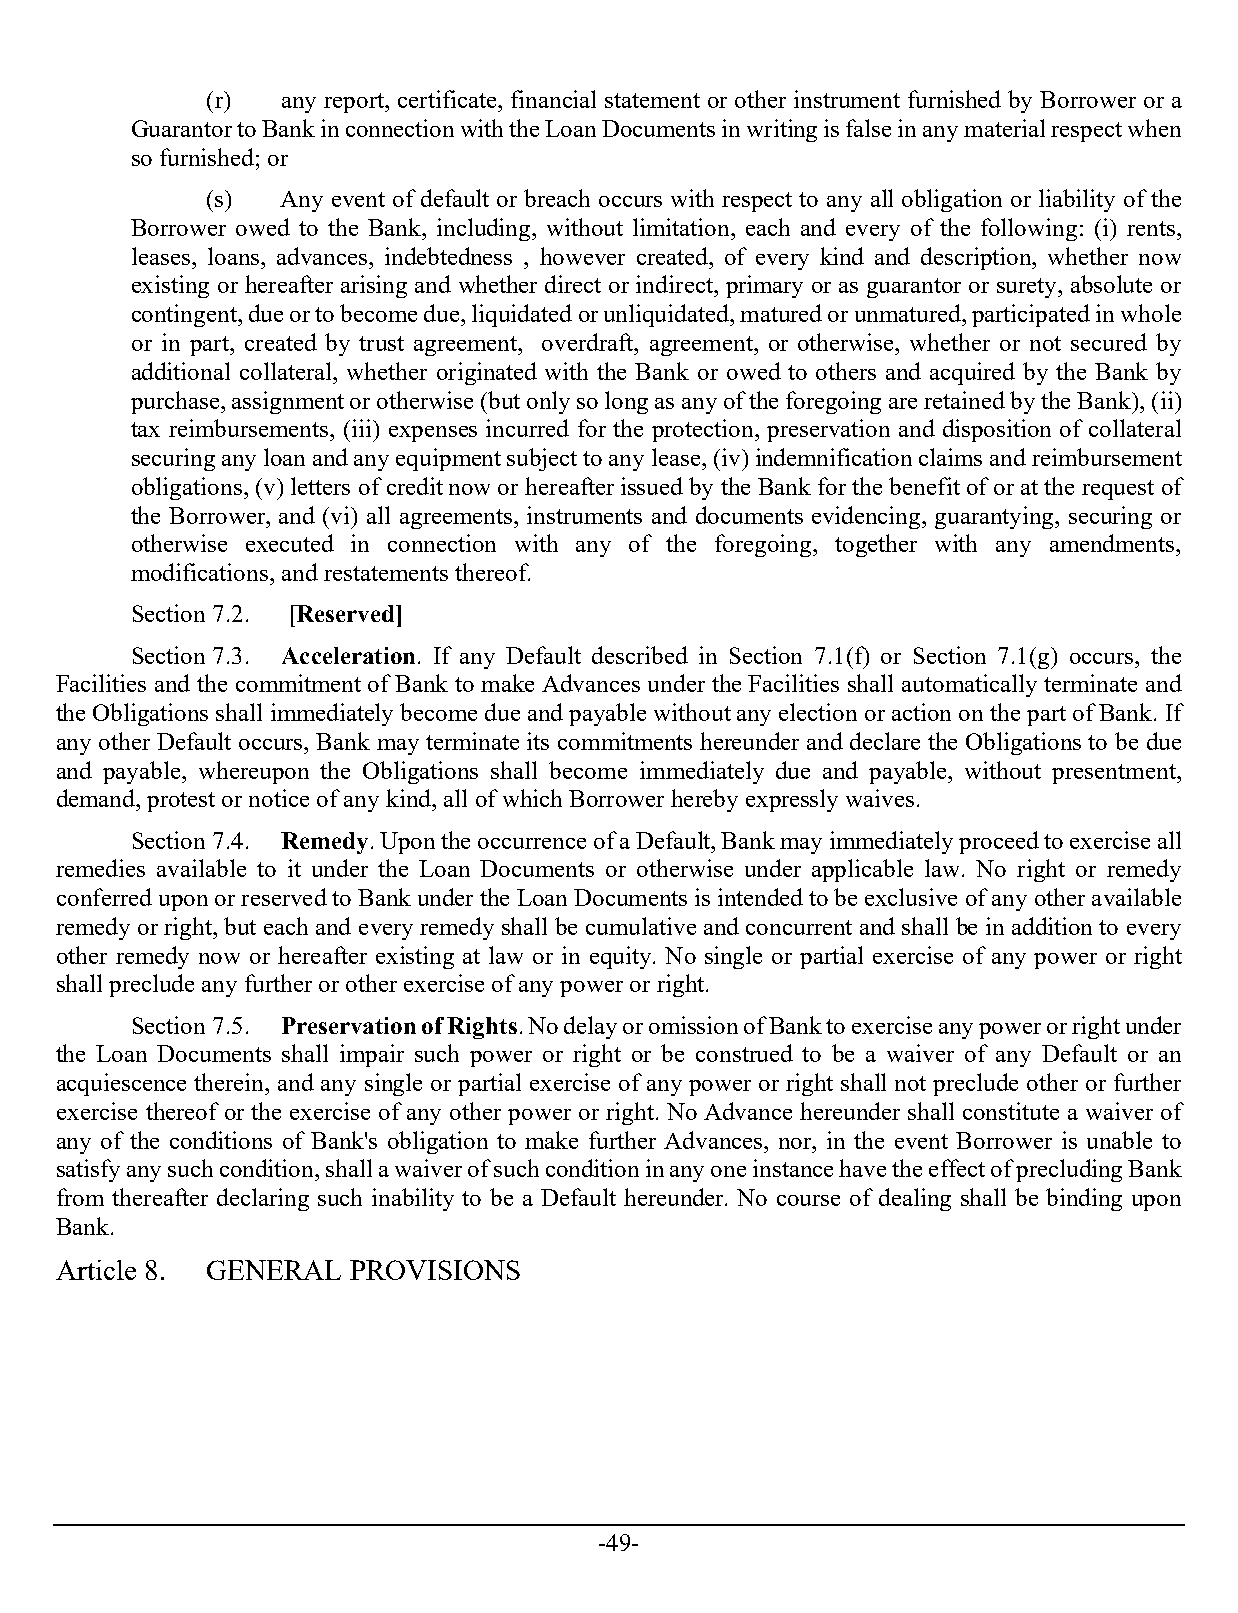
(r)  any report, certificate, financial statement or other instrument furnished by Borrower or a
 Guarantor to Bank in connection with the Loan Documents in writing is false in any material respect when
 so furnished; or
 (s)  Any event of default or breach occurs with respect to any all obligation or liability of the
 Borrower owed to the Bank, including, without limitation, each and every of the following: (i) rents,
 leases, loans, advances, indebtedness , however created, of every kind and description, whether now
 existing or hereafter arising and whether direct or indirect, primary or as guarantor or surety, absolute or
 contingent, due or to become due, liquidated or unliquidated, matured or unmatured, participated in whole
 or in part, created by trust agreement, overdraft, agreement, or otherwise, whether or not secured by
 additional collateral, whether originated with the Bank or owed to others and acquired by the Bank by
 purchase, assignment or otherwise (but only so long as any of the foregoing are retained by the Bank), (ii)
 tax reimbursements, (iii) expenses incurred for the protection, preservation and disposition of collateral
 securing any loan and any equipment subject to any lease, (iv) indemnification claims and reimbursement
 obligations, (v) letters of credit now or hereafter issued by the Bank for the benefit of or at the request of
 the Borrower, and (vi) all agreements, instruments and documents evidencing, guarantying, securing or
 otherwise executed in connection with any of the foregoing, together with any amendments,
 modifications, and restatements thereof.
 Section 7.2. [Reserved]
 Section 7.3. Acceleration. If any Default described in Section 7.1(f) or Section 7.1(g) occurs, the
 Facilities and the commitment of Bank to make Advances under the Facilities shall automatically terminate and
 the Obligations shall immediately become due and payable without any election or action on the part of Bank. If
 any other Default occurs, Bank may terminate its commitments hereunder and declare the Obligations to be due
 and payable, whereupon the Obligations shall become immediately due and payable, without presentment,
 demand, protest or notice of any kind, all of which Borrower hereby expressly waives.
 Section 7.4. Remedy. Upon the occurrence of a Default, Bank may immediately proceed to exercise all
 remedies available to it under the Loan Documents or otherwise under applicable law. No right or remedy
 conferred upon or reserved to Bank under the Loan Documents is intended to be exclusive of any other available
 remedy or right, but each and every remedy shall be cumulative and concurrent and shall be in addition to every
 other remedy now or hereafter existing at law or in equity. No single or partial exercise of any power or right
 shall preclude any further or other exercise of any power or right.
 Section 7.5. Preservation of Rights. No delay or omission of Bank to exercise any power or right under
 the Loan Documents shall impair such power or right or be construed to be a waiver of any Default or an
 acquiescence therein, and any single or partial exercise of any power or right shall not preclude other or further
 exercise thereof or the exercise of any other power or right. No Advance hereunder shall constitute a waiver of
 any of the conditions of Bank's obligation to make further Advances, nor, in the event Borrower is unable to
 satisfy any such condition, shall a waiver of such condition in any one instance have the effect of precluding Bank
 from thereafter declaring such inability to be a Default hereunder. No course of dealing shall be binding upon
 Bank.
 Article 8. GENERAL PROVISIONS
 -49-